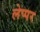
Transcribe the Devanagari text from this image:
लेप्पर